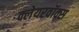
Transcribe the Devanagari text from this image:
क्लेयरवॉक्स